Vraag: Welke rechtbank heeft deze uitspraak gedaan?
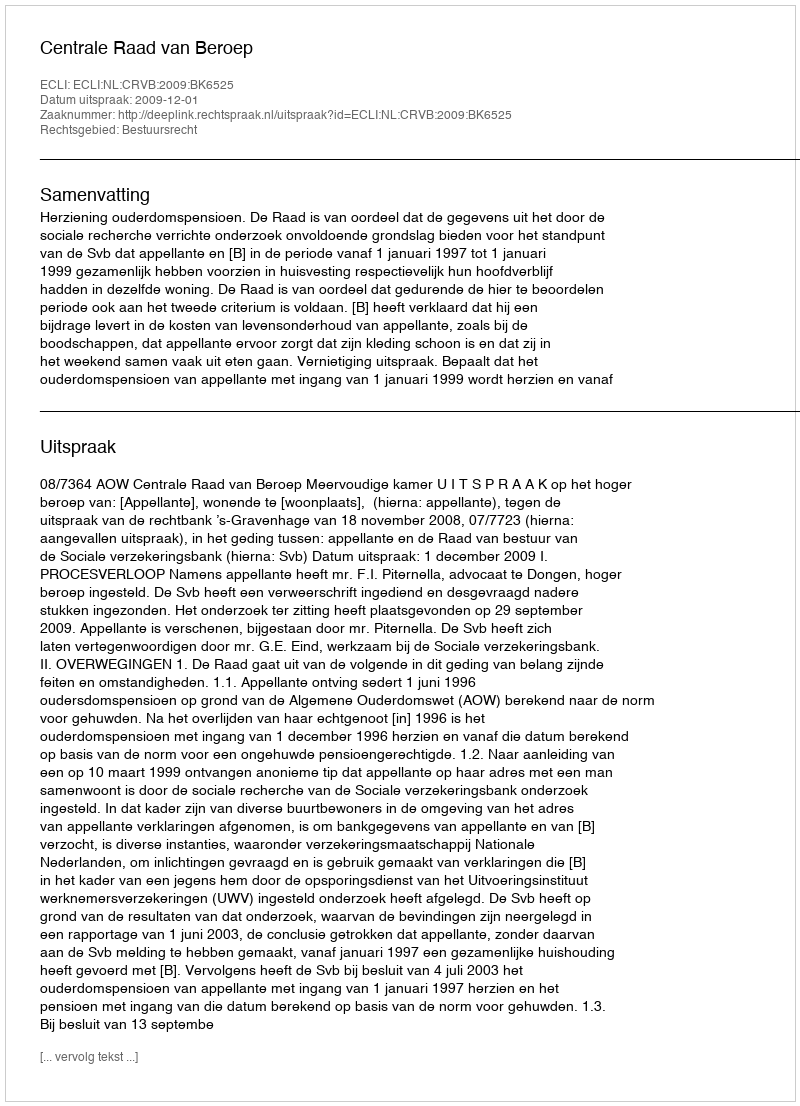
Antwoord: Centrale Raad van Beroep